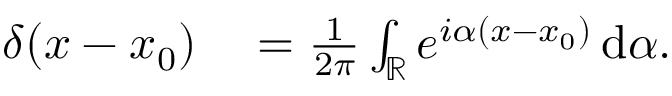
\begin{array} { r l } { \delta ( x - x _ { 0 } ) } & { { } = \frac { 1 } { 2 \pi } \int _ { \mathbb { R } } e ^ { i \alpha ( x - x _ { 0 } ) } \, \mathrm { d } \alpha . } \end{array}